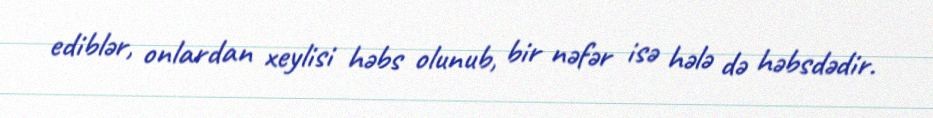
ediblər, onlardan xeylisi həbs olunub, bir nəfər isə hələ də həbsdədir.